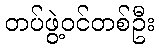
တပ်ဖွဲ့ဝင်တစ်ဦး